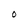
Character: O